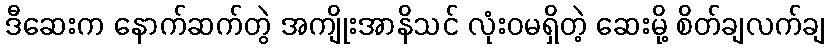
ဒီဆေးက နောက်ဆက်တွဲ အကျိုးအာနိသင် လုံးဝမရှိတဲ့ ဆေးမို့ စိတ်ချလက်ချ